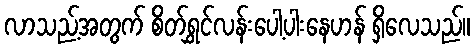
လာသည့်အတွက် စိတ်ရွှင်လန်းပေါ့ပါးနေဟန် ရှိလေသည်။